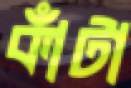
কাঁটা